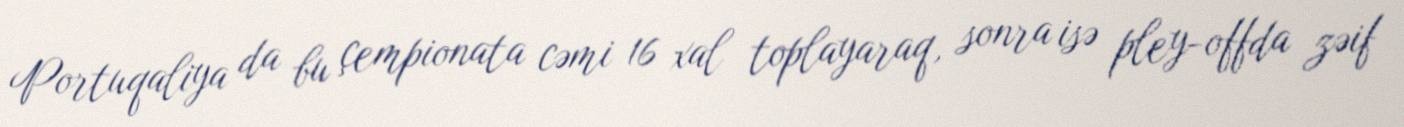
Portuqaliya da bu çempionata cəmi 16 xal toplayaraq, sonra isə pley-offda zəif